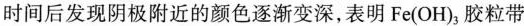
时间后发现阴极附近的颜色逐渐变深，表明Fe(OH)_{3}胶粒带